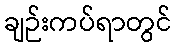
ချဉ်းကပ်ရာတွင်